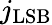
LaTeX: j_{\mathrm{LSB}}